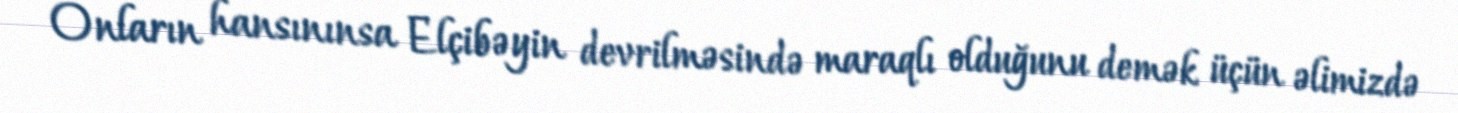
Onların hansınınsa Elçibəyin devrilməsində maraqlı olduğunu demək üçün əlimizdə